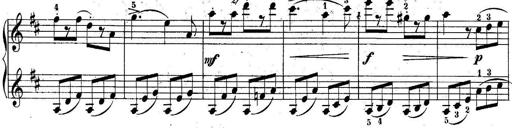
Title: 10 Sonatines progressives
Composer: Anton Schmoll